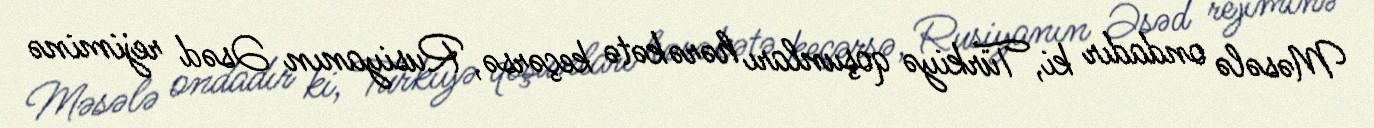
Məsələ ondadır ki, Türkiyə qoşunları hərəkətə keçərsə, Rusiyanın Əsəd rejiminə